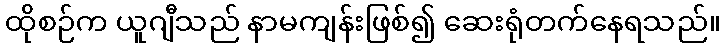
ထိုစဉ်က ယူဂျီသည် နာမကျန်းဖြစ်၍ ဆေးရုံတက်နေရသည်။